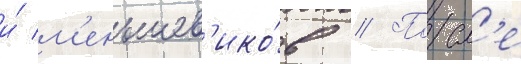
и́ м'еньшев'ико́в // Посл'е